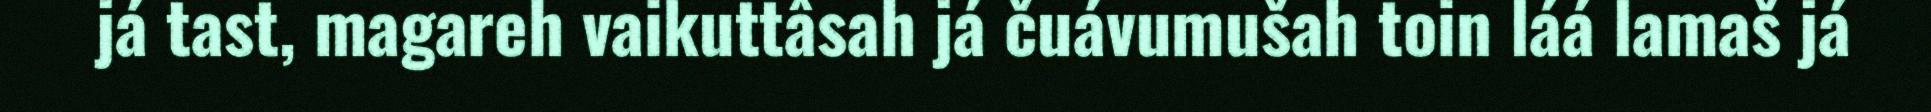
já tast, magareh vaikuttâsah já čuávumušah toin láá lamaš já